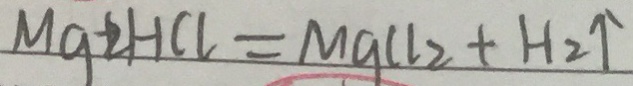
M g + 2 H C l = M g C l _ { 2 } + H _ { 2 } \uparrow